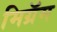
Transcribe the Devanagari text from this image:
मिग्रॅम